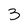
Character: 3